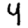
Digit: 4